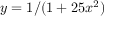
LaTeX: y = 1 / ( 1 + 2 5 x ^ { 2 } )